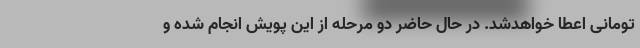
تومانی اعطا خواهدشد. در حال حاضر دو مرحله از این پویش انجام شده و